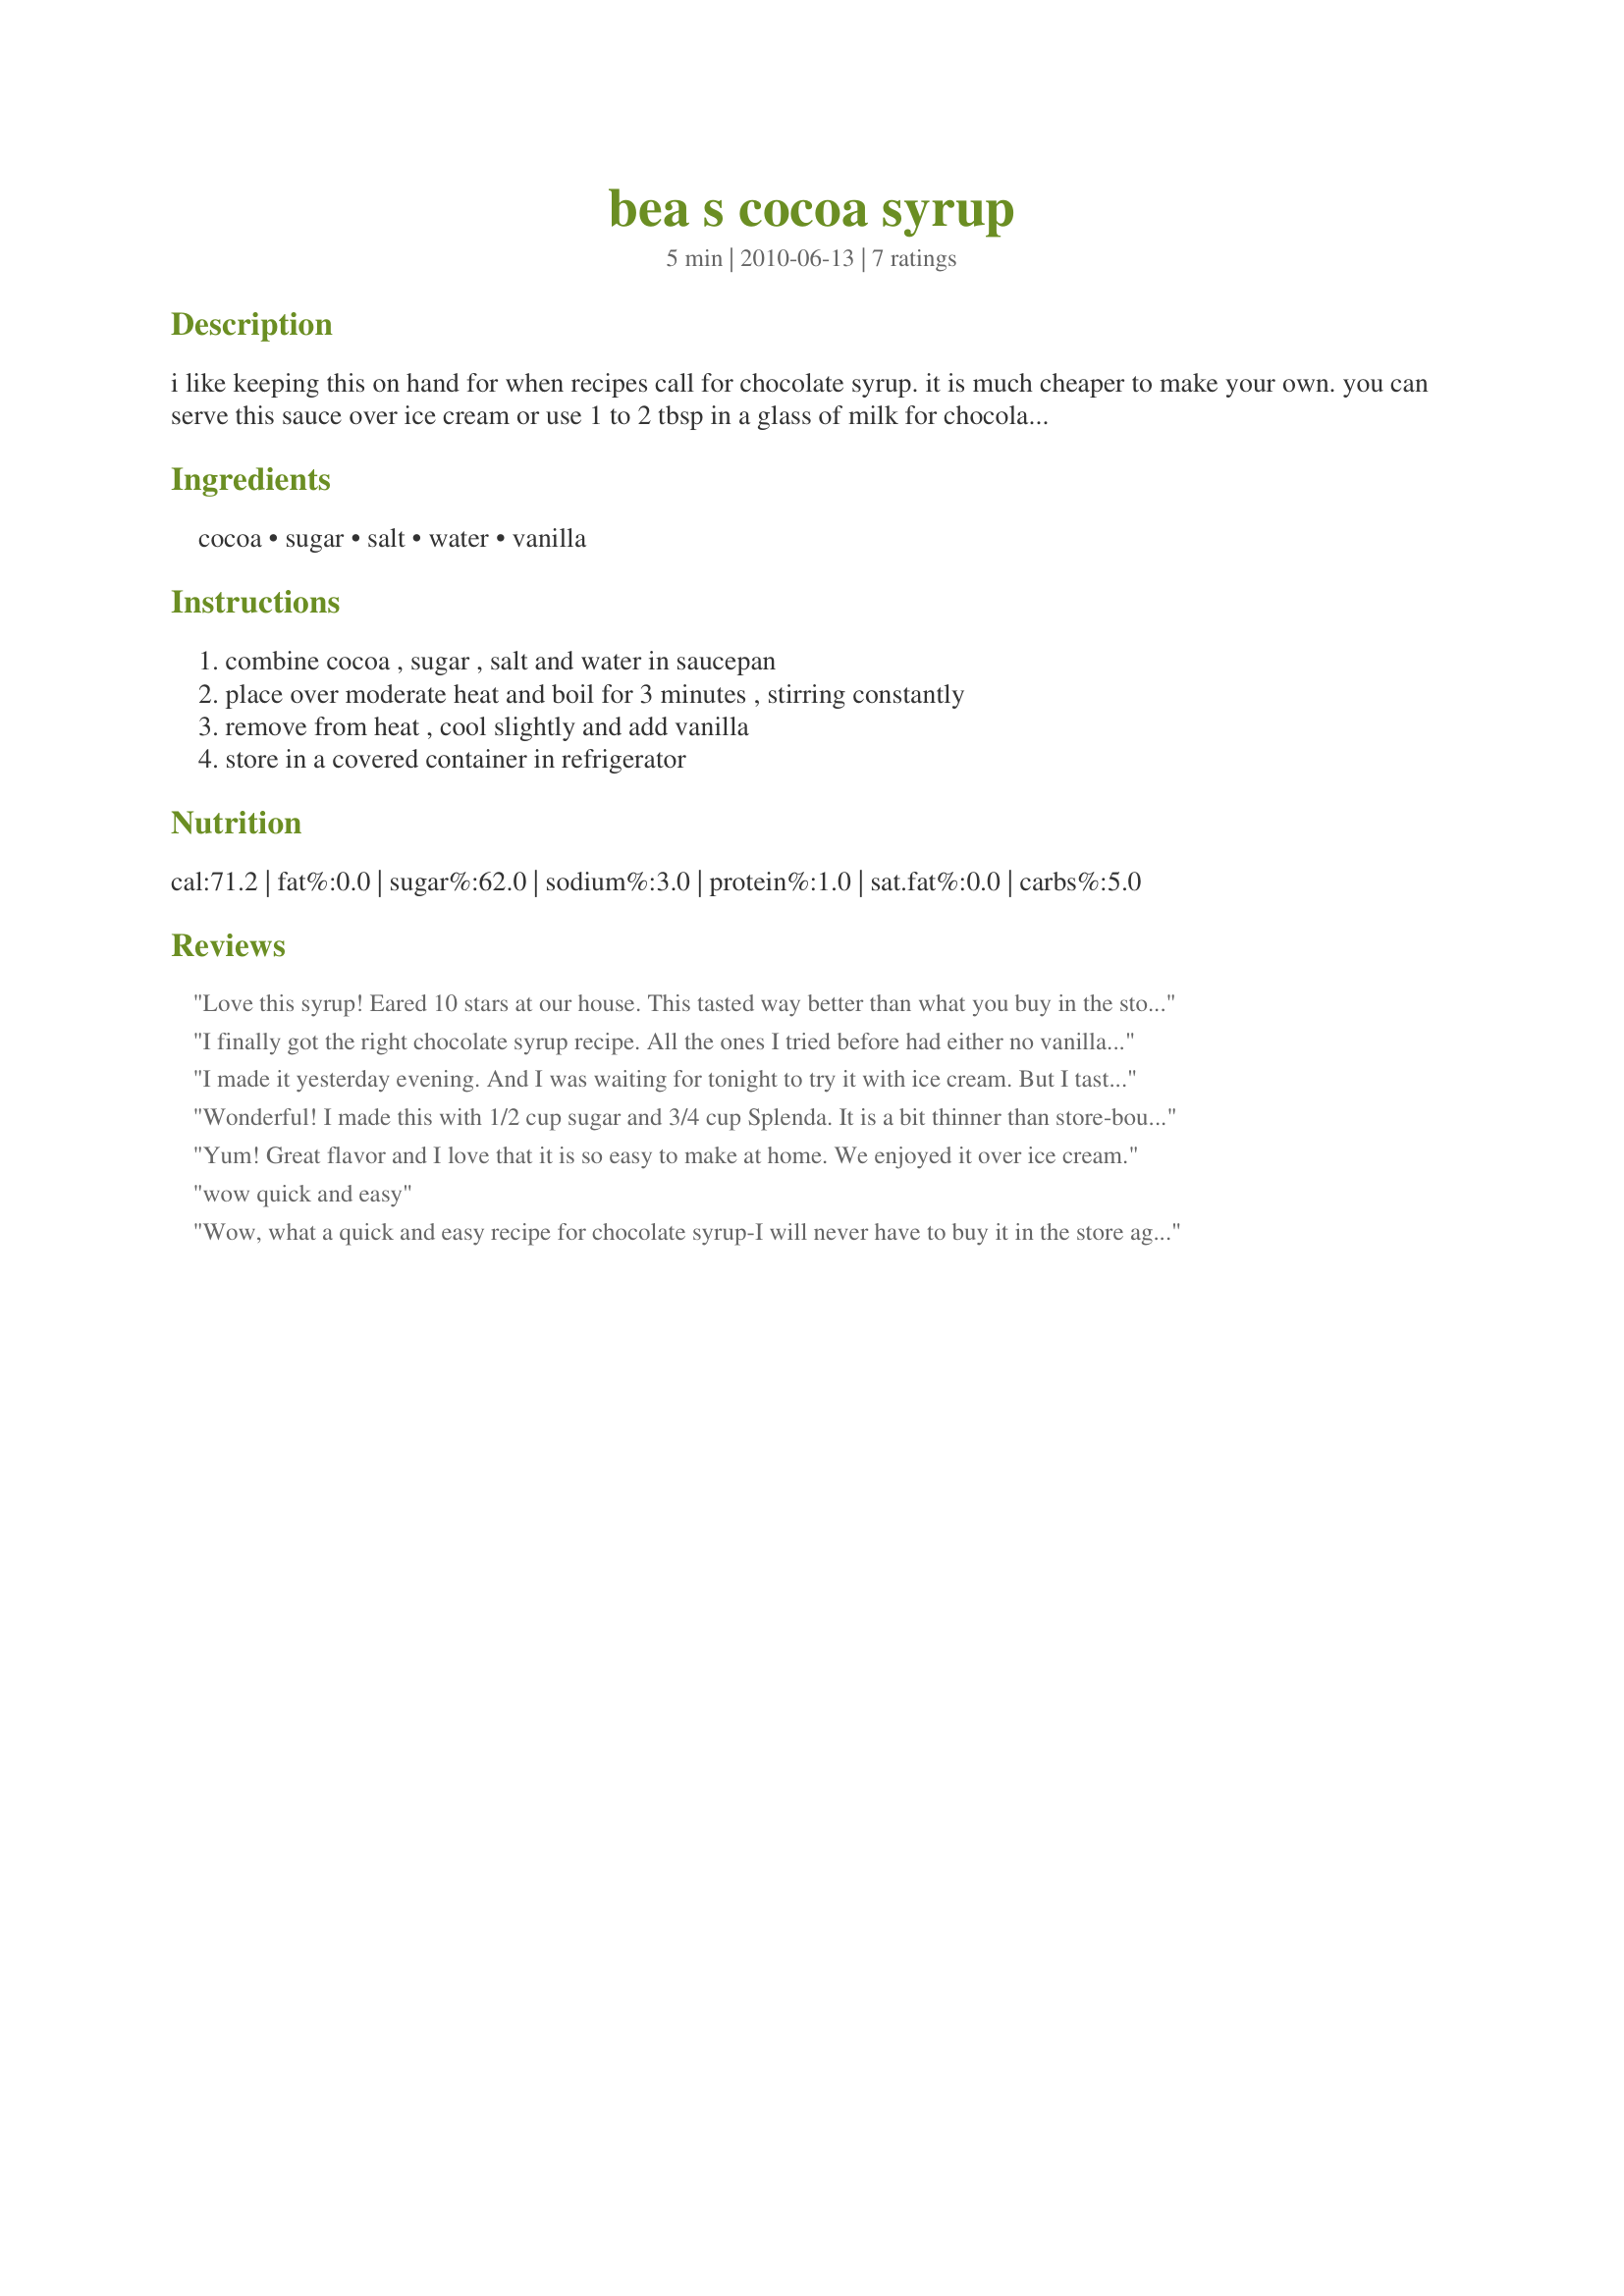
bea s cocoa syrup
Preparation time: 5 minutes

i like keeping this on hand for when recipes call for chocolate syrup. it is much cheaper to make your own. you can serve this sauce over ice cream or use 1 to 2 tbsp in a glass of milk for chocolate milk.
i have used different types of flavour extract (mint, orange, rum....) instead of vanilla to change it up every so often.

Ingredients:
cocoa, sugar, salt, water, vanilla

Steps:
combine cocoa , sugar , salt and water in saucepan, place over moderate heat and boil for 3 minutes , stirring constantly, remove from heat , cool slightly and add vanilla, store in a covered container in refrigerator

Reviews:
Love this syrup! Eared 10 stars at our house. This tasted way better than what you buy in the store and cost a whole bunch less. Made using special Dark cocoa and Splenda. This not only is a keeper that will be made a lot, but will be keeping a jar in the frig from here on out. Thanks so much for the great post.
I finally got the right chocolate syrup recipe. All the ones I tried before had either no vanilla sugar(which is a must) or too much water or sugar. This was perfect.I had this tagged on the Holiday tag game,it was long past due and I finally got to make it when I only had half of the cocoa requiered,so I halved the recipe.It worked out fine,but I just realised I put in the whole vanilla amount,which made it taste even better.Thanks for sharing this.This will save me a lot of money,imported stuff is outrageously expensive.
I made it yesterday evening. And I was waiting for tonight to try it with ice cream. But I tasted it and it's really good. So funny cause this morning my son wanted chocolate milk and I had none. So I decided to use the chocolate syrup with milk. And he really liked it. Thanks Bea :) Made for PRMR tag game
Wonderful! I made this with 1/2 cup sugar and 3/4 cup Splenda. It is a bit thinner than store-bought but the flavor is way better...I LOVE cocoa. I used it in my http://www.food.com/recipe/chocolate-peppermint-tea-206892 and it was perfect. Freddy Cat says hi! Made for kittencalskitchen.com tag game.
Yum! Great flavor and I love that it is so easy to make at home. We enjoyed it over ice cream.
wow quick and easy
Wow, what a quick and easy recipe for chocolate syrup-I will never have to buy it in the store again! I made this for Best of 2010 Cookbook Tag. Thanks for a new family favorite!
